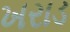
ખરાડ